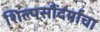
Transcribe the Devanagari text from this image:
शिल्पसौंदर्याचा